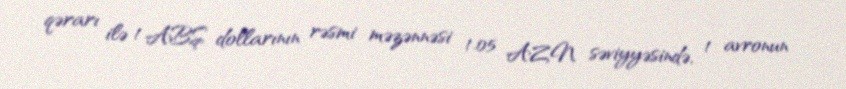
qərarı ilə 1 ABŞ dollarının rəsmi məzənnəsi 1.05 AZN səviyyəsində, 1 avronun